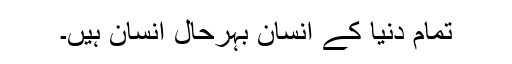
تمام دنیا کے انسان بہرحال انسان ہیں۔